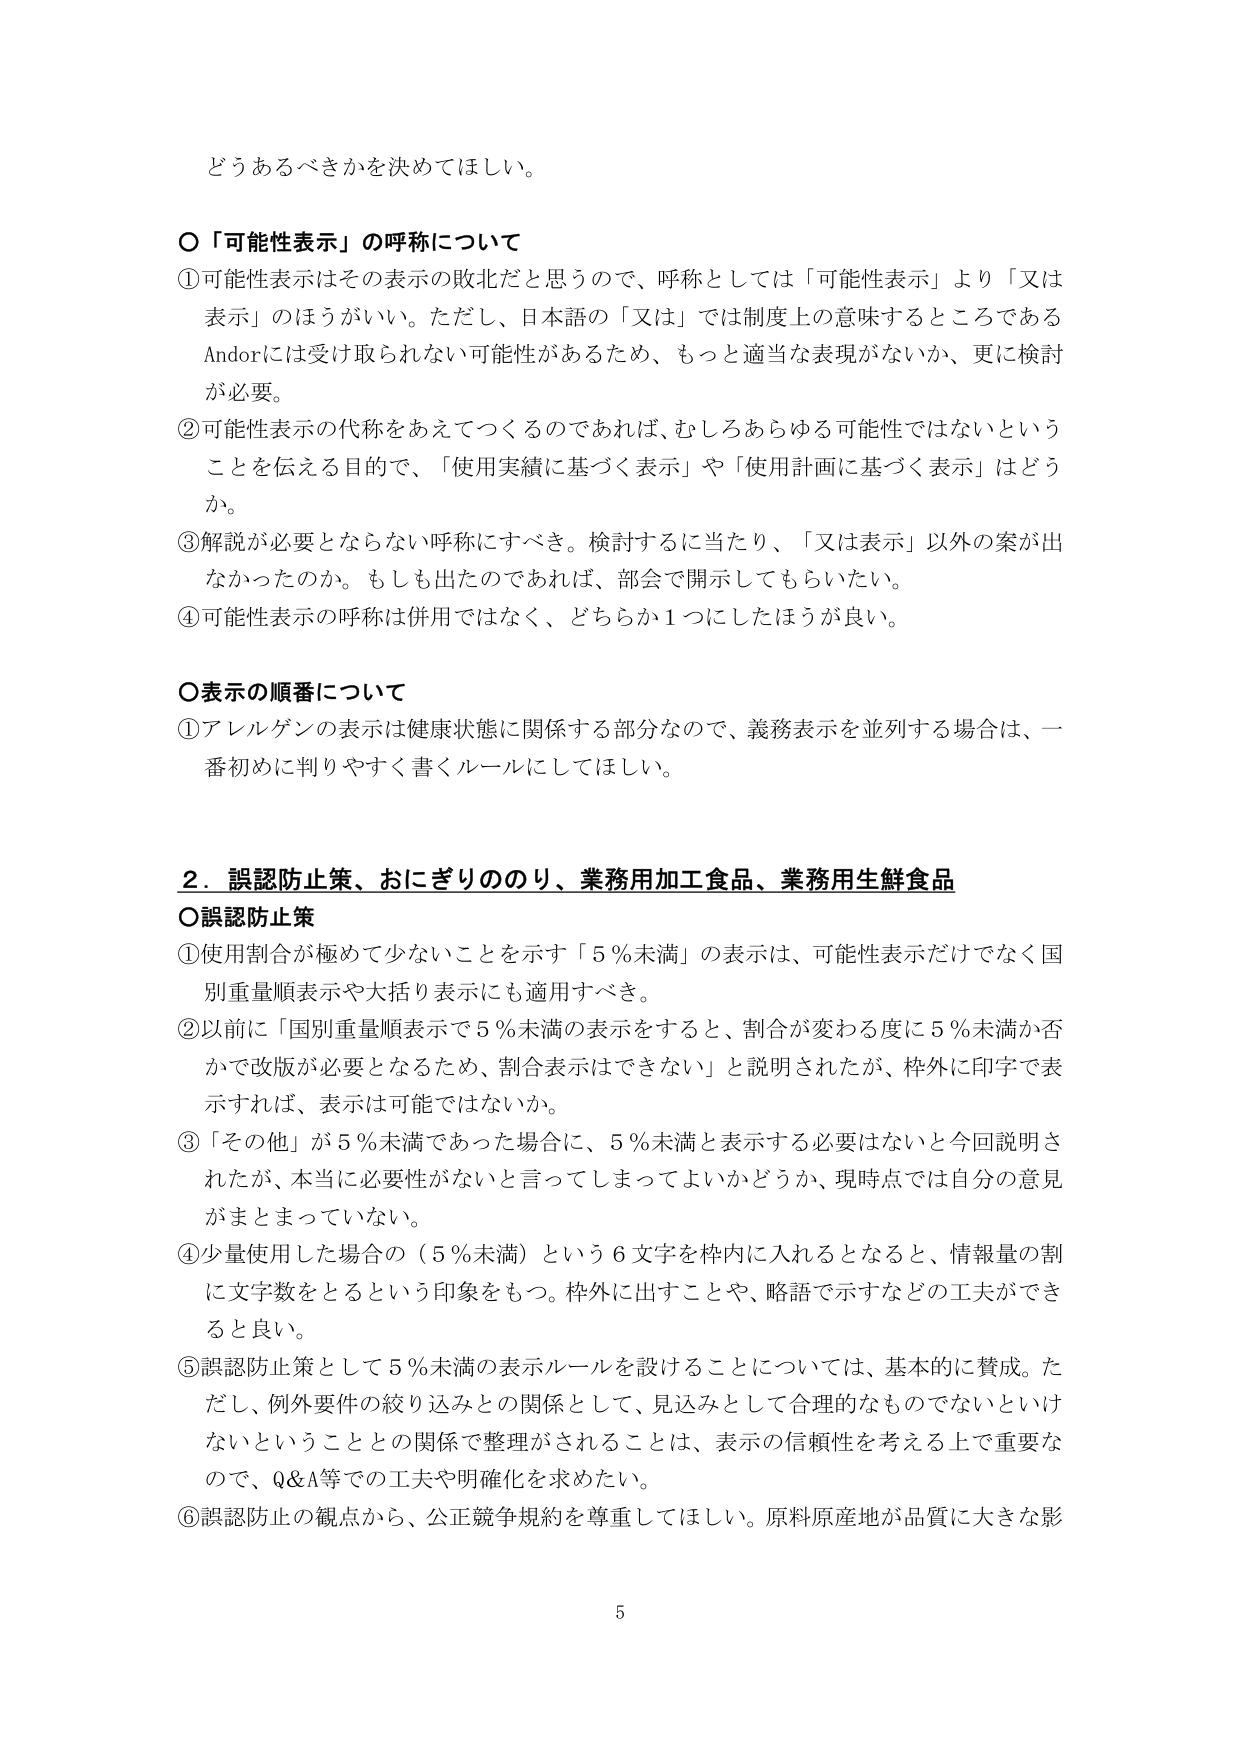
どうあるべきかを決めてほしい。

〇「可能性表示」の呼称について
①可能性表示はその表示の敗北だと思うので、呼称としては「可能性表示」より「又は表示」のほうがいい。ただし、日本語の「又は」では制度上の意味するところであるAndorには受け取られない可能性があるため、もっと適当な表現がないか、更に検討が必要。
②可能性表示の代称をあえてつくるのであれば、むしろあらゆる可能性ではないということを伝える目的で、「使用実績に基づく表示」や「使用計画に基づく表示」はどうか。
③解説が必要とならない呼称にすべき。検討するに当たり、「又は表示」以外の案が出なかったのか。もしも出たのであれば、部会で開示してもらいたい。
④可能性表示の呼称は併用ではなく、どちらか1つにしたほうが良い。

〇表示の順番について
①アレルゲンの表示は健康状態に関係する部分なので、義務表示を並列する場合は、一番初めに判りやすく書くルールにしてほしい。

2．誤認防止策、おにぎりのり、業務用加工食品、業務用生鮮食品
〇誤認防止策
①使用割合が極めて少ないことを示す「5％未満」の表示は、可能性表示だけでなく国別重量順表示や大括り表示にも適用すべき。
②以前に「国別重量順表示で5％未満の表示をすると、割合が変わる度に5％未満か否かで改版が必要となるため、割合表示はできない」と説明されたが、枠外に印字で表示すれば、表示は可能ではないか。
③「その他」が5％未満であった場合に、5％未満と表示する必要はないと今回説明されたが、本当に必要性がないと言ってしまってよいかどうか、現時点では自分の意見がまとまっていない。
④少量使用した場合の（5％未満）という6文字を枠内に入れるとなると、情報量の割に文字数をとるという印象をもつ。枠外に出すことや、略語で示すなどの工夫ができると良い。
⑤誤認防止策として5％未満の表示ルールを設けることについては、基本的に賛成。ただし、例外要件の絞り込みとの関係として、見込みとして合理的なものでないといけないということとの関係で整理がされることとは、表示の信頼性を考える上で重要なので、Q&A等での工夫や明確化を求めたい。
⑥誤認防止の観点から、公正競争規約を尊重してほしい。原料原産地が品質に大きな影

5